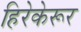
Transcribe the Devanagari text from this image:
हिरेकेरूर